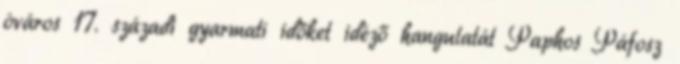
óváros 17. századi gyarmati időket idéző hangulatát Paphos Páfosz